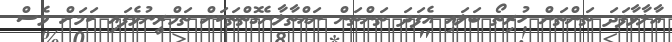
އާލާވާފަދަ ތަންތަން ހުރިތޯ ބަލައި އެފަދަ ތަންތަން ނައްތާލާނެގޮތްތަކަށް ތަމްރީނުވެފައި ކަމަށް ވެސް